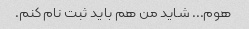
هوم... شاید من هم باید ثبت نام کنم.